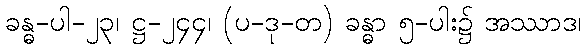
ခန္ဓ-ပါ-၂၃၊ ဋ္ဌ-၂၄၄၊ (ပ-ဒု-တ) ခန္ဓာ ၅-ပါး၌ အဿာဒ၊